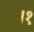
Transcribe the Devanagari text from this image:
।१